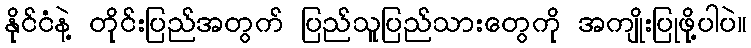
နိုင်ငံနဲ့ တိုင်းပြည်အတွက် ပြည်သူပြည်သားတွေကို အကျိုးပြုဖို့ပါပဲ။